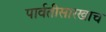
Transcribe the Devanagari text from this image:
पार्वतीसारखाच